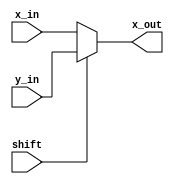
module Mux2to1(shift,x_in,y_in,x_out);
input shift,x_in,y_in;
output x_out;
reg x_out;
always@(*)
begin 
if(shift)
x_out = y_in;
else
x_out = x_in;
end
endmodule